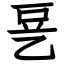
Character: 㐙